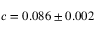
c = 0 . 0 8 6 \pm 0 . 0 0 2